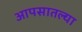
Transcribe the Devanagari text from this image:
आपसातल्या